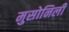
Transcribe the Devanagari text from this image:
मुसोनिली